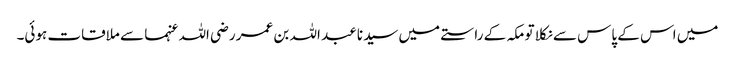
میں اس کے پاس سے نکلا تو مکہ کے راستے میں سیدنا عبد اللہ بن عمر رضی اللہ عنہما سے ملاقات ہوئی۔